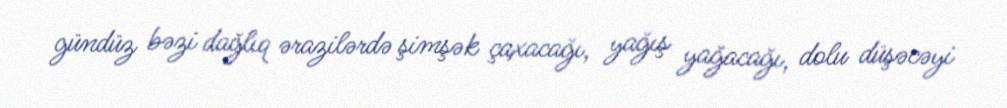
gündüz bəzi dağlıq ərazilərdə şimşək çaxacağı, yağış yağacağı, dolu düşəcəyi